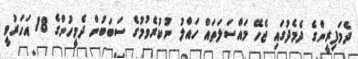
ދެމަފިރީންގެ ދެމެދުގައި ޖެހޭ މައްސަލަތައް ހައްލު ނުކުރެވުމުގެ ސަބަބުން ދެމީހުންގެ 18 އަހަރުވީ